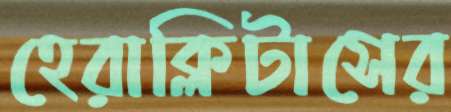
হেরাক্লিটাসের